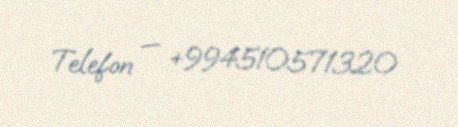
Telefon — +994510571320